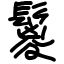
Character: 鬉